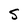
Character: S